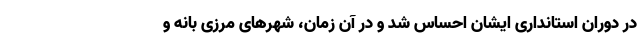
در دوران استانداری ایشان احساس شد و در آن زمان، شهرهای مرزی بانه و